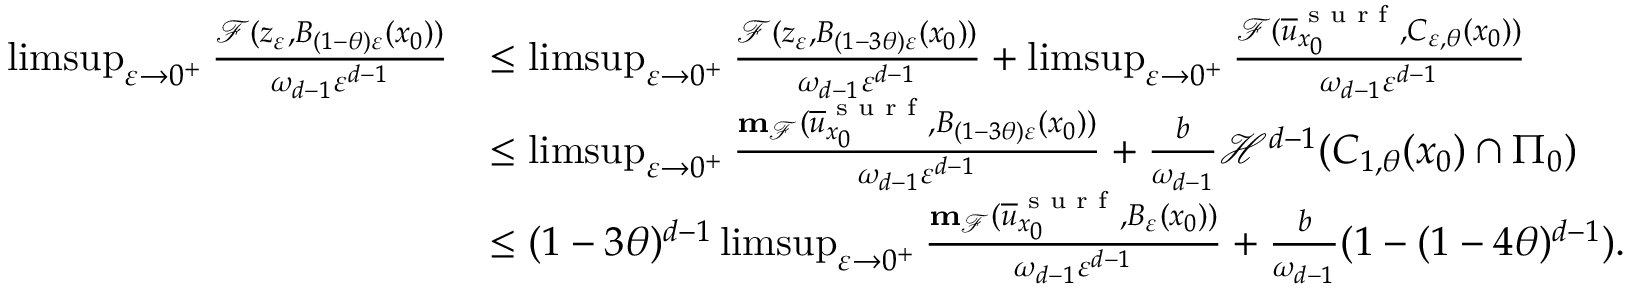
\begin{array} { r l } { \operatorname* { l i m s u p } _ { \varepsilon \to 0 ^ { + } } \frac { \mathcal { F } ( z _ { \varepsilon } , B _ { ( 1 - \theta ) \varepsilon } ( x _ { 0 } ) ) } { \omega _ { d - 1 } \varepsilon ^ { d - 1 } } } & { \leq \operatorname* { l i m s u p } _ { \varepsilon \to 0 ^ { + } } \frac { \mathcal { F } ( z _ { \varepsilon } , B _ { ( 1 - 3 \theta ) \varepsilon } ( x _ { 0 } ) ) } { \omega _ { d - 1 } \varepsilon ^ { d - 1 } } + \operatorname* { l i m s u p } _ { \varepsilon \to 0 ^ { + } } \frac { \mathcal { F } ( \overline { { u } } _ { x _ { 0 } } ^ { \textnormal { s u r f } } , C _ { \varepsilon , \theta } ( x _ { 0 } ) ) } { \omega _ { d - 1 } \varepsilon ^ { d - 1 } } } \\ & { \leq \operatorname* { l i m s u p } _ { \varepsilon \to 0 ^ { + } } \frac { \mathbf { m } _ { \mathcal { F } } ( \overline { { u } } _ { x _ { 0 } } ^ { \textnormal { s u r f } } , B _ { ( 1 - 3 \theta ) \varepsilon } ( x _ { 0 } ) ) } { \omega _ { d - 1 } \varepsilon ^ { d - 1 } } + \frac { b } { \omega _ { d - 1 } } \mathcal { H } ^ { d - 1 } ( C _ { 1 , \theta } ( x _ { 0 } ) \cap \Pi _ { 0 } ) } \\ & { \leq ( 1 - 3 \theta ) ^ { d - 1 } \operatorname* { l i m s u p } _ { \varepsilon \to 0 ^ { + } } \frac { \mathbf { m } _ { \mathcal { F } } ( \overline { { u } } _ { x _ { 0 } } ^ { \textnormal { s u r f } } , B _ { \varepsilon } ( x _ { 0 } ) ) } { \omega _ { d - 1 } \varepsilon ^ { d - 1 } } + \frac { b } { \omega _ { d - 1 } } ( 1 - ( 1 - 4 \theta ) ^ { d - 1 } ) . } \end{array}